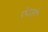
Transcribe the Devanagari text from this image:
एेवजी